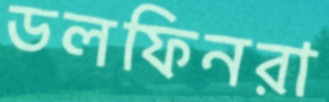
ডলফিনরা